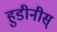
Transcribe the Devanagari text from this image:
हुडीनीस्